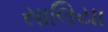
સાલિયા